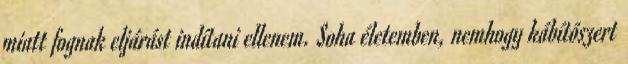
miatt fognak eljárást indítani ellenem. Soha életemben, nemhogy kábítószert